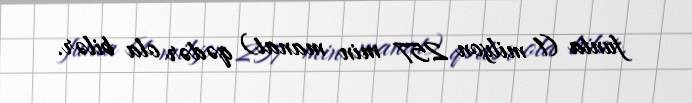
funta (1 milyon 257 min manat) qədər ola bilər.